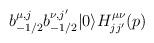
LaTeX: \begin{align*}b_{-1/2}^{\mu, j} b_{-1/2}^{\nu,j^\prime} |0\rangle H_{jj^\prime}^{\mu\nu}(p)\end{align*}